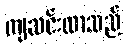
ကျဆင်းလာသည်